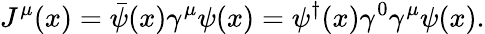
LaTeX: J^{\mu}(x)=\bar{\psi}(x)\gamma^{\mu}\psi(x)=\psi^{\dagger}(x)\gamma^{0}\gamma^{\mu}\psi(x).